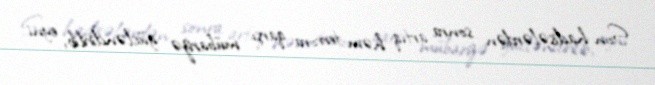
Son hadisələrdən sonra artıq həm terrora qarşı mübarizə gücləndirilib, eyni